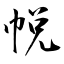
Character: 帨